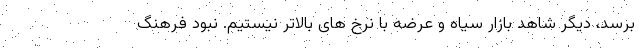
برسد، دیگر شاهد بازار سیاه و عرضه با نرخ های بالاتر نیستیم. نبود فرهنگ